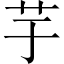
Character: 芋